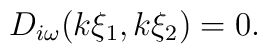
D_{i\omega }(k\xi _{1},k\xi _{2})=0.